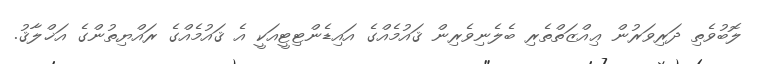
ލޮބުވެތި ދަރިވަރުން ޢިއްޒަތްތެރި ބެލެނިވެރިން ޤައުމެއްގެ އައިޑެންޓިޓީއަކީ އެ ޤައުމެއްގެ ރައްޔިތުންގެ އަޚްލާޤު.